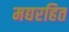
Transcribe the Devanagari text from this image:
मद्यरहित